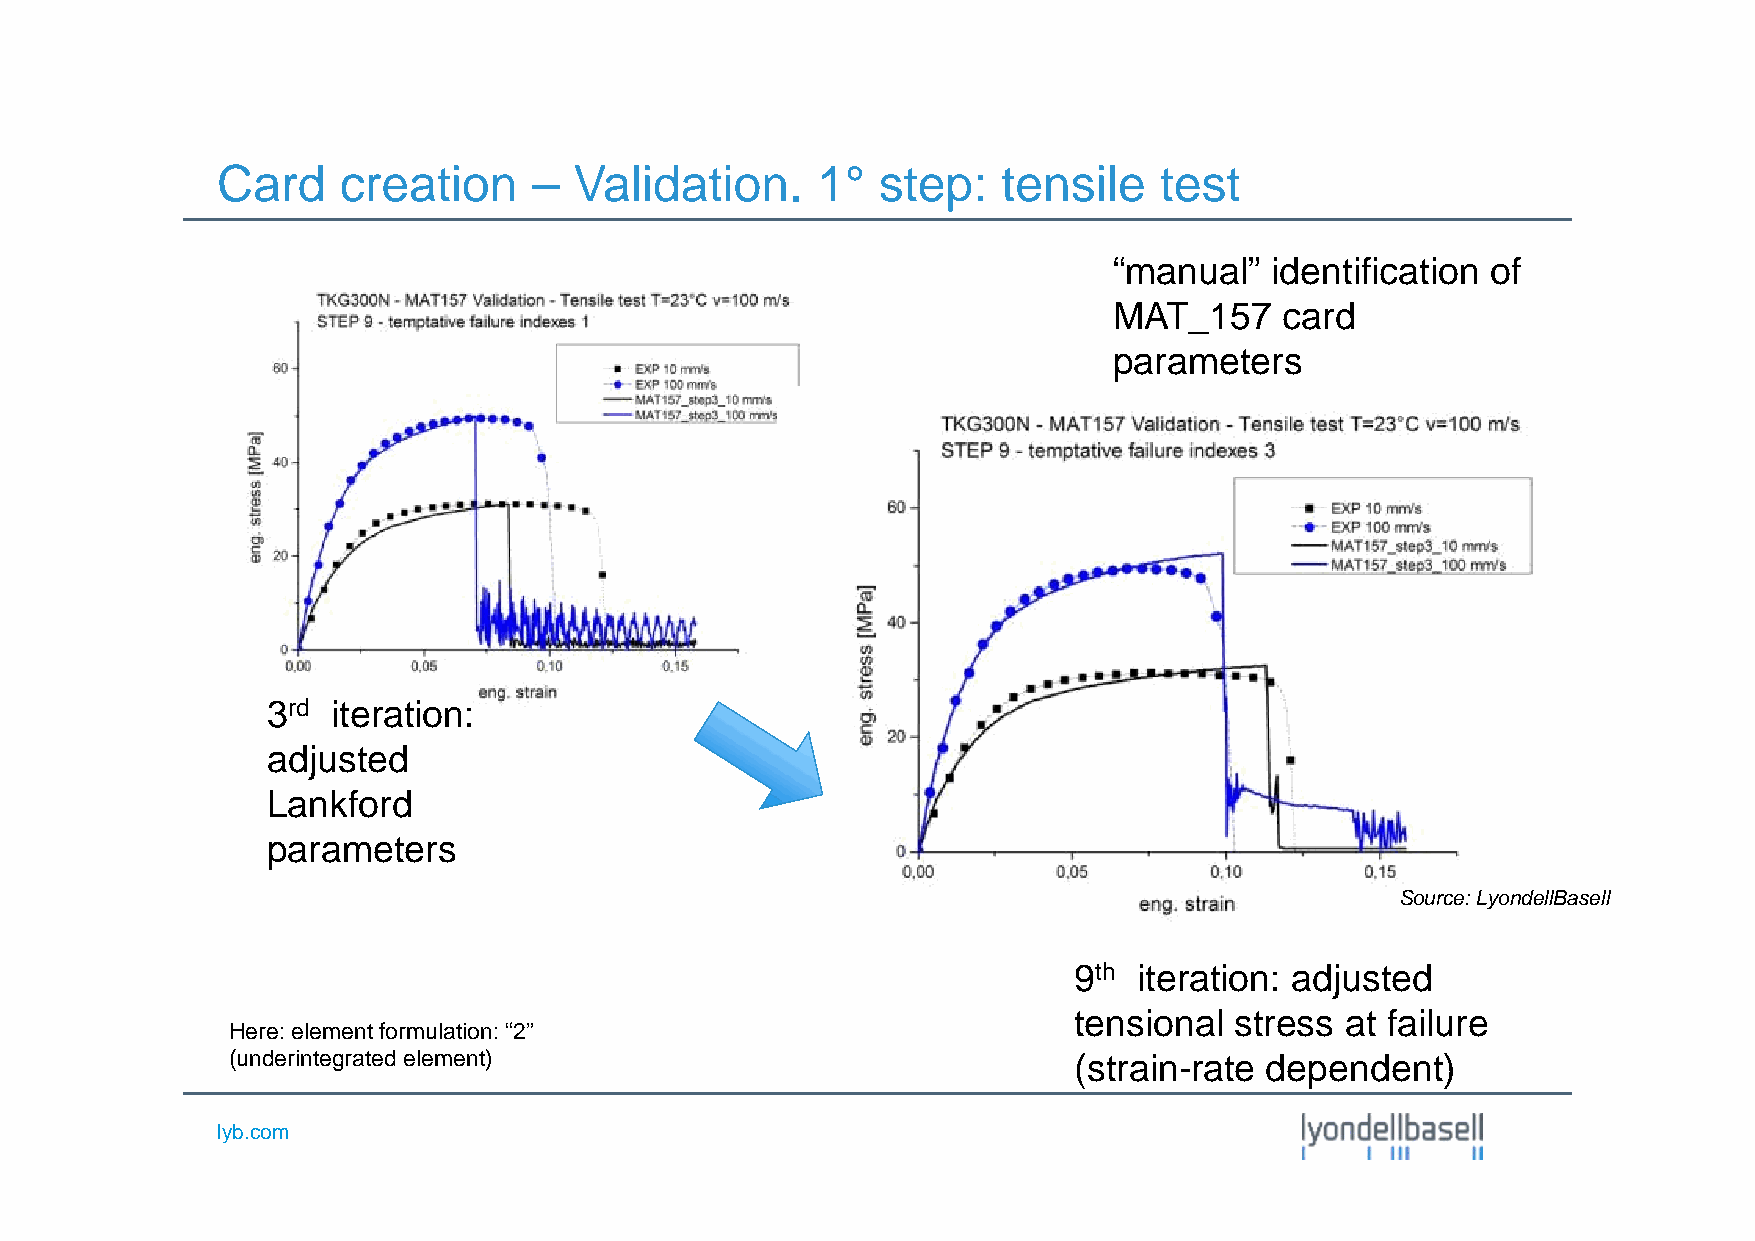
Card    creation     –  Validation.     1°  step:   tensile    test
 “manual”  identification of
 MAT_157    card
 parameters
 3rd iteration:
 adjusted
 Lankford
 parameters
 Source:LyondellBasell
 9th iteration: adjusted
 tensional  stress at failure
 Here: element formulation: “2”
 (underintegratedelement)                                (strain-rate dependent)
 lyb.com